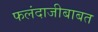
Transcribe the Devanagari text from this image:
फलंदाजीबाबत